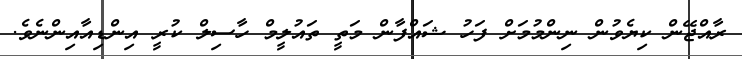
ރާއްޖޭން ކިޔެވުން ނިންމުމަށް ފަހު ޝައްފާން މަތީ ތައުލީމް ހާސިލް ކުރީ އިންޑިއާއިންނެވެ.